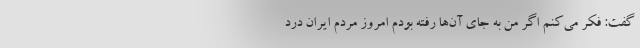
گفت: فکر می‌کنم اگر من به جای آن‌ها رفته بودم امروز مردم ایران درد